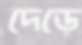
দেড়ে